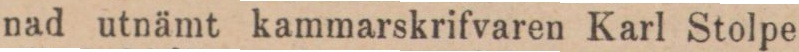
nad utnämt kammarskrifvaren Karl Stolpe